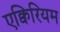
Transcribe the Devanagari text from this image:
एक्विरियम